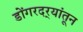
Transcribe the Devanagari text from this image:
डोंगरदर्‍यांतून